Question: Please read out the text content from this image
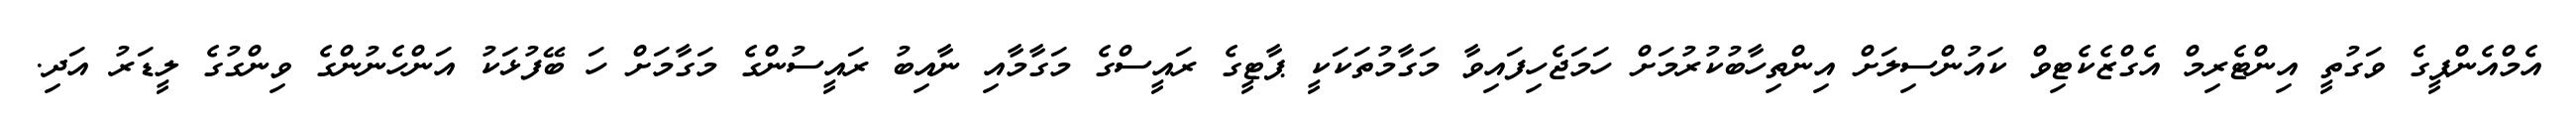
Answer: އެމްއެންޕީގެ ވަގުތީ އިންޓެރިމް އެގްޒެކެޓިވް ކައުންސިލަށް އިންތިހާބުކުރުމަށް ހަމަޖެހިފައިވާ މަގާމުތަކަކީ ޕާޓީގެ ރައީސްގެ މަގާމާއި ނާއިބު ރައީސުންގެ މަގާމަށް ހަ ބޭފުޅަކު އަންހެނުންގެ ވިންގުގެ ލީޑަރު އަދި.